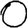
Digit: 0